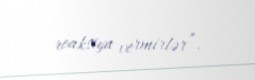
reaksiya vermirlər”.